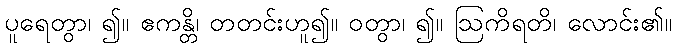
ပူရေတွာ၊ ၍။ ဧကန္တိ၊ တတင်းဟူ၍။ ဝတွာ၊ ၍။ ဩကိရတိ၊ လောင်း၏။